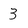
Character: 3